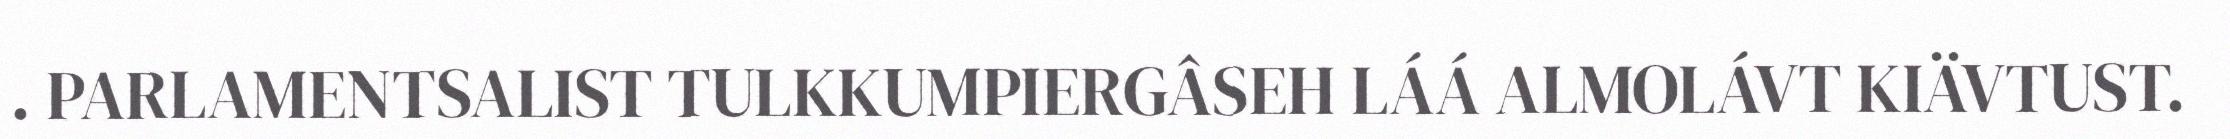
. PARLAMENTSALIST TULKKUMPIERGÂSEH LÁÁ ALMOLÁVT KIÄVTUST.